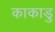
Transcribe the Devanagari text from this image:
काकाडु